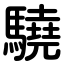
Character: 驍